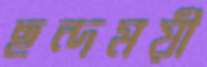
ছন্দময়ী